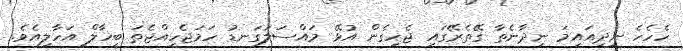
ހެހެހެ ނިދިއައިމަ ނިދާނެތާ ގޭތެރޭގައި ޖެހިގެން އުޅޭ މައްސަލަގަނޑު ހަމަޖެހިއްޖެތަ ބީހާލް އަހާލިއެވެ.